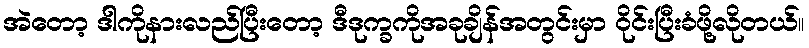
အဲတော့ ဒါကိုနားလည်ပြီးတော့ ဒီဒုက္ခကိုအခုချိန်အတွင်းမှာ ဝိုင်းပြီးခံဖို့လိုတယ်။